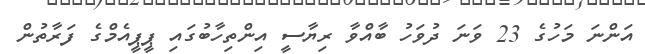
އަންނަ މަހުގެ 23 ވަނަ ދުވަހު ބާއްވާ ރިޔާސީ އިންތިހާބުގައި ޕީޕީއެމްގެ ފަރާތުން